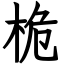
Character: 桅